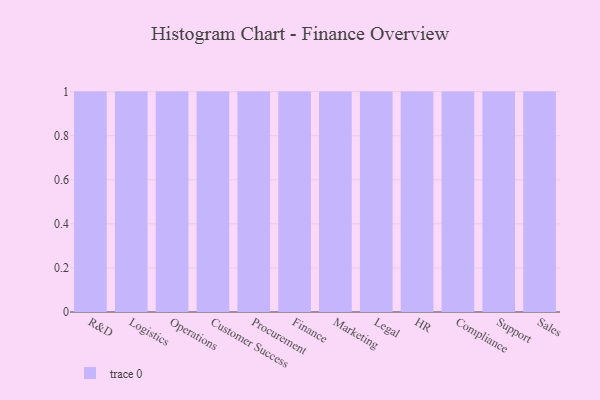
{"axis": {"x": "Department", "y": "Website Visitors"}, "legend": [""], "data": [{"x": "R&D", "y": 60, "type": ""}, {"x": "Logistics", "y": 90, "type": ""}, {"x": "Operations", "y": 26, "type": ""}, {"x": "Customer Success", "y": 50, "type": ""}, {"x": "Procurement", "y": 13, "type": ""}, {"x": "Finance", "y": 34, "type": ""}, {"x": "Marketing", "y": 40, "type": ""}, {"x": "Legal", "y": 89, "type": ""}, {"x": "HR", "y": 47, "type": ""}, {"x": "Compliance", "y": 3, "type": ""}, {"x": "Support", "y": 53, "type": ""}, {"x": "Sales", "y": 90, "type": ""}]}